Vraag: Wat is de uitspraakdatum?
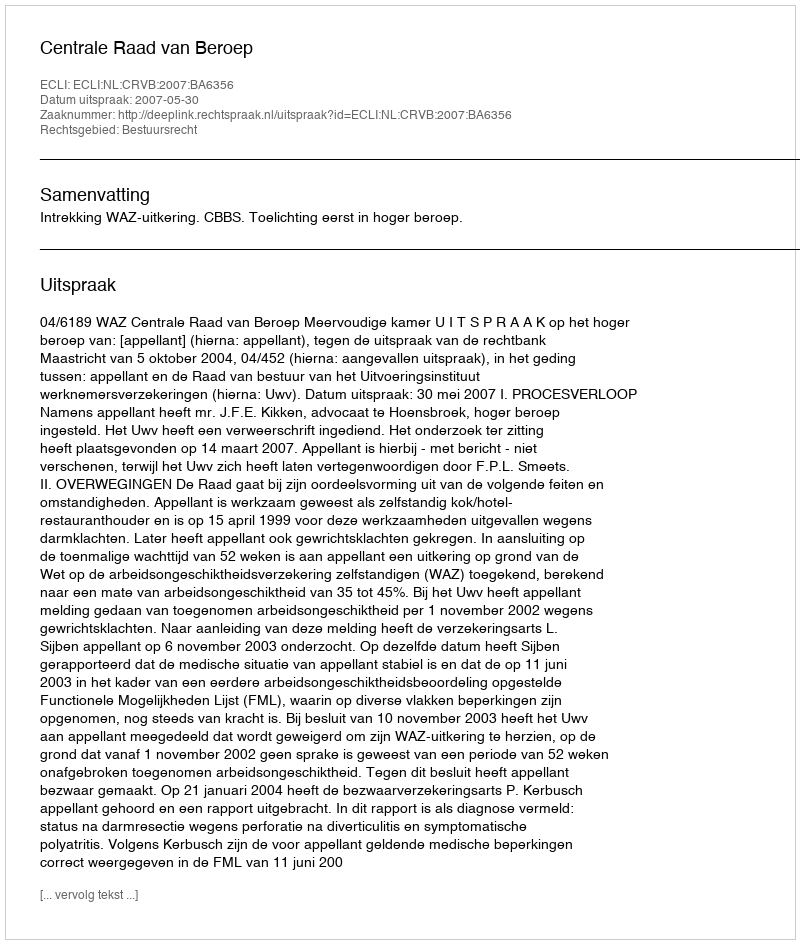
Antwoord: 2007-05-30